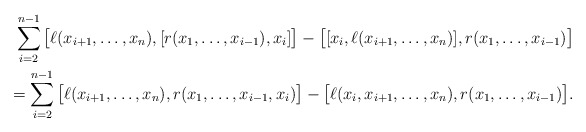
\begin{align*}\sum_{i=2}^{n-1} \big[\ell(x_{i+1},\ldots, x_n),[r(x_1,\ldots,x_{i-1}),x_i]\big] - \big[[x_i,\ell(x_{i+1},\ldots, x_n)], r(x_1,\ldots,x_{i-1}) \big] \\= \sum_{i=2}^{n-1} \big[\ell(x_{i+1},\ldots, x_n),r(x_1,\ldots,x_{i-1},x_i)\big] - \big[\ell(x_i,x_{i+1},\ldots, x_n),r(x_1,\ldots,x_{i-1})\big].\end{align*}